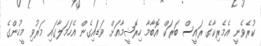
ކުރެވެނީ އެމެރިކާގެ ރައީސް ބަރަކް އޮބާމާ ހިރޮޝީމާއަށް ވަޑައިގެން އެހަމަލާގައި މަރުވި މީހުންގެ